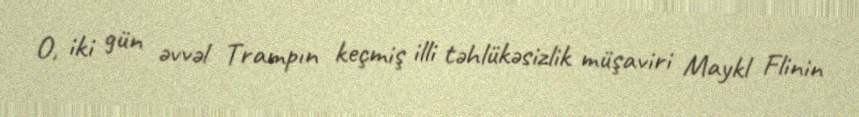
O, iki gün əvvəl Trampın keçmiş illi təhlükəsizlik müşaviri Maykl Flinin